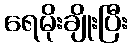
ရေမိုးချိုးပြီး